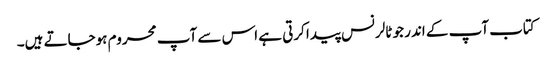
کتاب آپ کے اندر جو ٹالرنس پیدا کرتی ہے اس سے آپ محروم ہوجاتے ہیں۔